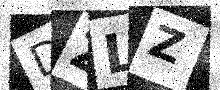
Text: DZLZ